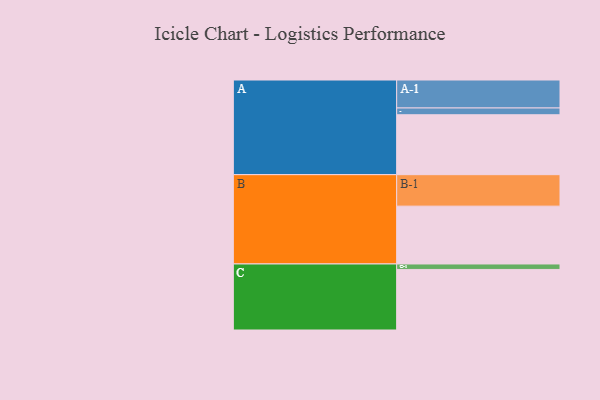
{"axis": {"x": "Segment", "y": "Value"}, "legend": ["", "A", "B", "C"], "data": [{"x": "A", "y": 548, "type": ""}, {"x": "B", "y": 529, "type": ""}, {"x": "C", "y": 554, "type": ""}, {"x": "A-1", "y": 256, "type": "A"}, {"x": "A-2", "y": 62, "type": "A"}, {"x": "B-1", "y": 288, "type": "B"}, {"x": "C-1", "y": 50, "type": "C"}]}